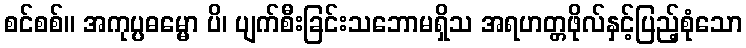
စင်စစ်။ အကုပ္ပဓမ္မော ပိ၊ ပျက်စီးခြင်းသဘောမရှိသ အရဟတ္တဖိုလ်နှင့်ပြည့်စုံသော